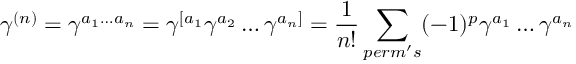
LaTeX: \gamma ^ { ( n ) } = \gamma ^ { a _ { 1 } \ldots a _ { n } } = \gamma ^ { [ a _ { 1 } } \gamma ^ { a _ { 2 } } \ldots \gamma ^ { a _ { n } ] } = \frac { 1 } { n ! } \sum _ { p e r m ^ { \prime } s } ( - 1 ) ^ { p } \gamma ^ { a _ { 1 } } \ldots \gamma ^ { a _ { n } }